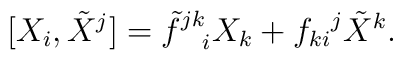
[X_i , \tilde{X}^j] ={\tilde{f}^{jk}}_{\; \; \; \:i} X_k +  {f_{ki}}^j \tilde{X}^k.